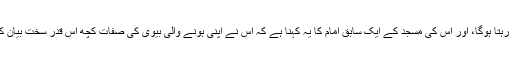
ایک اچھے مسلمان کی حیثیت سے وہ شادی کے بغیر خواتین سے دور ہی رہتا ہوگا، اور اس کی مسجد کے ایک سابق امام کا یہ کہنا ہے کہ اس نے اپنی ہونے والی بیوی کی صفات کچھ اس قدر سخت بیان کی تھیں کہ ان کا میرج بیورو اس کی مدد کرنے میں اب تک ناکام رہا تھا۔